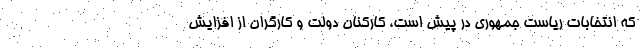
که انتخابات ریاست جمهوری در پیش است، کارکنان دولت و کارگران از افزایش